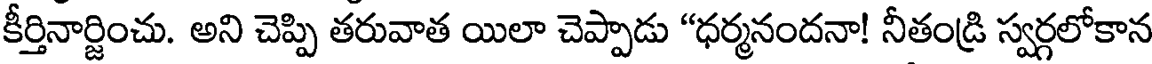
కీర్తినార్జించు. అని చెప్పి తరువాత యిలా చెప్పాడు "ధర్మనందనా! నీతండ్రి స్వర్గలోకాన